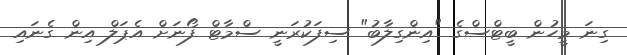
ގިނަ މީހުން ބީޓްސްގެ "އިންގިލާބު" ސިފަކުރަނީ ސްމާޓް ފޯނަށް އެޕަލް އިން ގެނައި